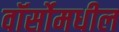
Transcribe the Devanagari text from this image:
वॉर्सोमधील